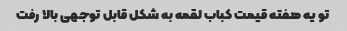
تو یه هفته قیمت کباب لقمه به شکل قابل توجهی بالا رفت